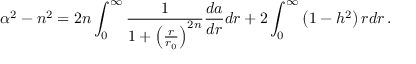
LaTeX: \alpha ^ { 2 } - n ^ { 2 } = 2 n \int _ { 0 } ^ { \infty } { \frac { 1 } { 1 + \left( { \frac { r } { r _ { 0 } } } \right) ^ { 2 n } } } { \frac { d a } { d r } } d r + 2 \int _ { 0 } ^ { \infty } \left( 1 - h ^ { 2 } \right) r d r \, .